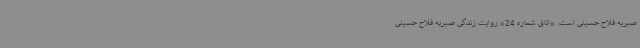
صبریه فلاح حسینی است. «اتاق شماره 24» روایت زندگی صبریه فلاح حسینی